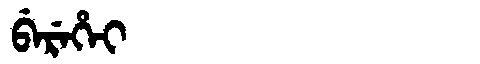
Manchu: ᠪᡝᡵᡝᡥᡝᡳ
Romanization: BEREHEI